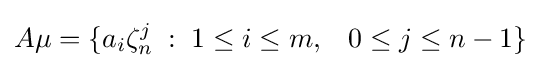
A\mu =\{a_{i}\zeta _{n}^{j}\;:\;1\leq i\leq m,\;\;\;0\leq j\leq n-1\}